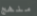
منهج